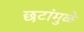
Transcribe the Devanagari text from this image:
छटांमुळे